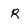
Character: r